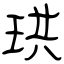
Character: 珙